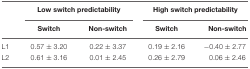
|  | <COLSPAN=2> Low switch predictability | <COLSPAN=2> High switch predictability |
 |  | Switch | Non-switch | Switch | Non-switch |
 | --- | --- | --- | --- | --- |
 | L1 | 0.57 ± 3.20 | 0.22 ± 3.37 | 0.19 ± 2.16 | -0.40 ± 2.77 |
 | L2 | 0.61 ± 3.16 | 0.01 ± 2.45 | 0.26 ± 2.79 | 0.06 ± 2.46 |